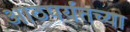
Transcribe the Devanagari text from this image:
आठपर्यंतच्या